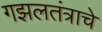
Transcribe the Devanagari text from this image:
गझलतंत्राचे